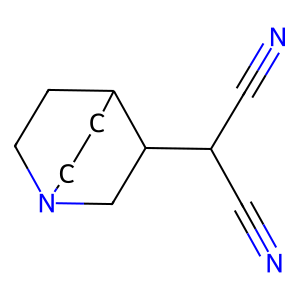
SMILES: N#CC(C#N)C1CN2CCC1CC2
Inhibits HIV replication: No